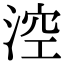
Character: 涳